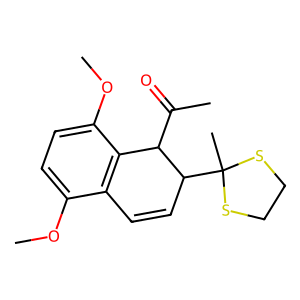
SMILES: COc1ccc(OC)c2c1C=CC(C1(C)SCCS1)C2C(C)=O
Inhibits HIV replication: No